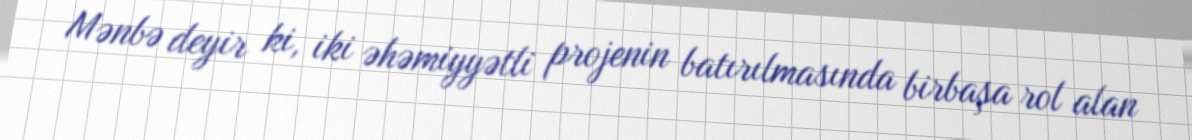
Mənbə deyir ki, iki əhəmiyyətli projenin batırılmasında birbaşa rol alan